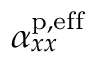
\alpha _ { x x } ^ { \mathrm { p , e f f } }